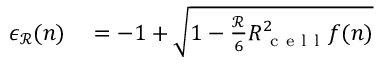
\begin{array} { r l } { \epsilon _ { \mathcal { R } } ( n ) } & { { } = - 1 + \sqrt { 1 - \frac { \mathcal { R } } { 6 } R _ { \mathrm { ~ c ~ e ~ l ~ l ~ } } ^ { 2 } f ( n ) } } \end{array}